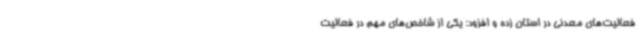
فعالیت‌های معدنی در استان زده و افزود: یکی از شاخص‌های مهم در فعالیت